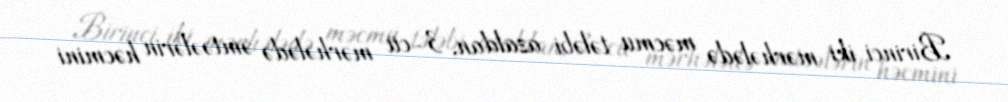
Birinci iki mərhələdə məcmu tələbi azaldan, 3-cü mərhələdə əmtəələrin həcmini